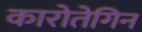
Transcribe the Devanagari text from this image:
कारोतेगिन